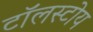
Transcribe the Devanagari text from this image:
टॉलस्टोय